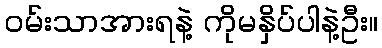
ဝမ်းသာအားရနဲ့ ကိုမနှိပ်ပါနဲ့ဦး။